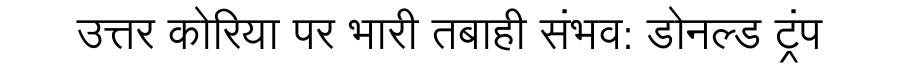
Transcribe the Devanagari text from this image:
उत्तर कोरिया पर भारी तबाही संभव: डोनल्ड ट्रंप